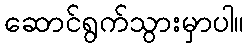
ဆောင်ရွက်သွားမှာပါ။